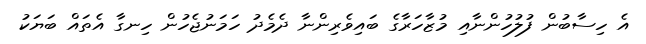
އެ ހިސާބުން ފުލުހުންނާއި މުޒާހަރާގެ ބައިވެރިންނާ ދެމެދު ހަމަނުޖެހުން ހިނގާ އެތައް ބަޔަކު